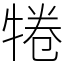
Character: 犈